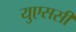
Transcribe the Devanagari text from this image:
युएससी